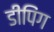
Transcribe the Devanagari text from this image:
डीपिंग